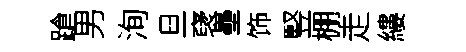
蹌男洵旦裦壘饰竪棚走縷